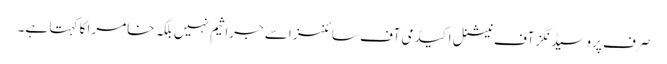
صرف پروسیڈنگز آف نیشنل اکیڈمی آف سائنسز اسے جراثیم نہیں بلکہ خامرا کا کہتا ہے۔